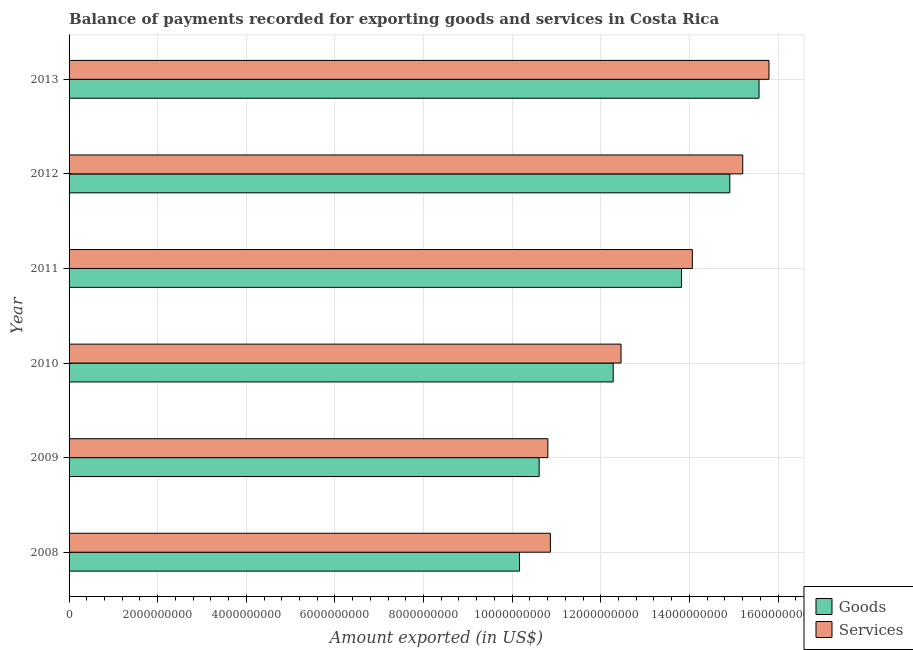
| Year | Goods | Services |
 | --- | --- | --- |
 | 2008 | 1.02e+10 | 1.09e+10 |
 | 2009 | 1.06e+10 | 1.08e+10 |
 | 2010 | 1.23e+10 | 1.25e+10 |
 | 2011 | 1.38e+10 | 1.41e+10 |
 | 2012 | 1.49e+10 | 1.52e+10 |
 | 2013 | 1.56e+10 | 1.58e+10 |